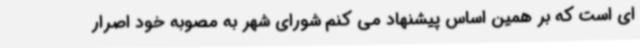
ای است که بر همین اساس پیشنهاد می کنم شورای شهر به مصوبه خود اصرار